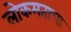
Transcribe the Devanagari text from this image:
लोकमताचा